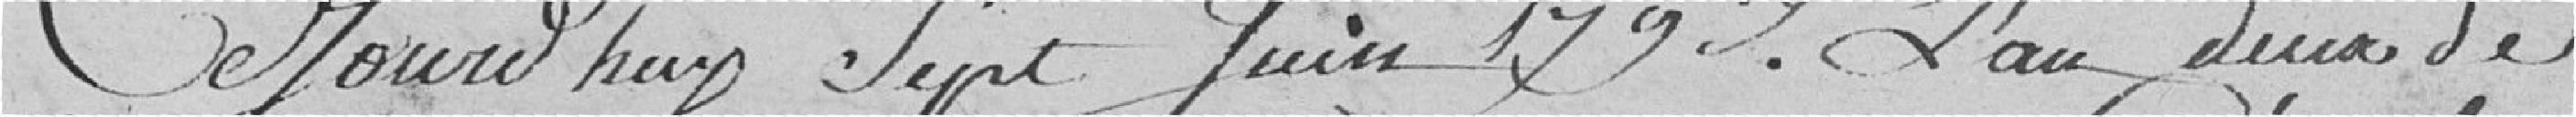
Ce jourd'hui sept juin 1792, l'an deux de